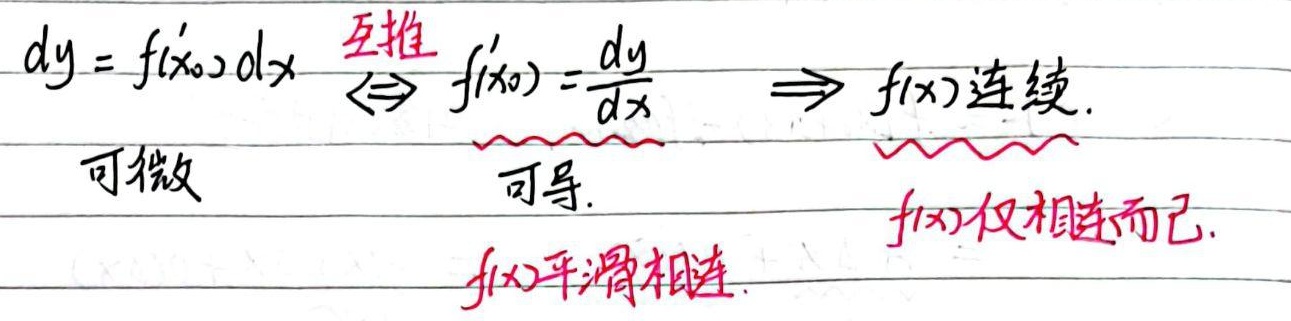
可微
\[
dy = f^{\prime}(x_{0})dx \overset{互推}{\Leftrightarrow} f^{\prime}(x_{0}) = \frac{dy}{dx} \Rightarrow f(x)\text{连续}.
\]
可导
\(f(x)\)平滑相连
\(f(x)\) 仅相连而已